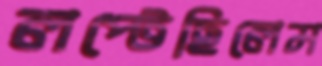
লপ্‌টেছিলেম